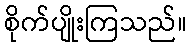
စိုက်ပျိုးကြသည်။